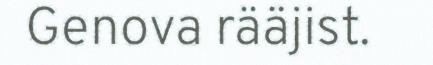
Genova rääjist.